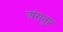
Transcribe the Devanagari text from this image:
अंसतुष्ट